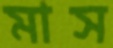
মাস